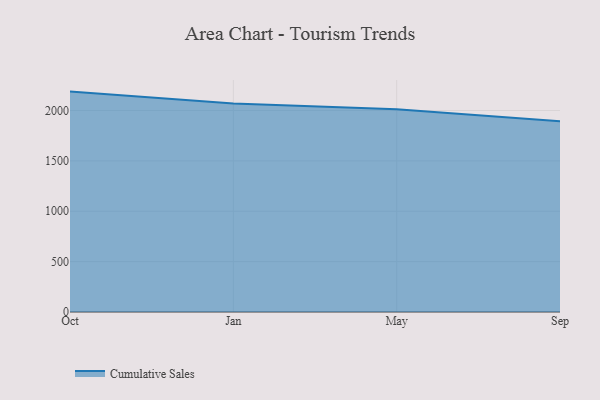
{"axis": {"x": "Month", "y": "Inventory Turnover"}, "legend": ["Cumulative Sales"], "data": [{"x": "Oct", "y": 2187.5, "type": "Cumulative Sales"}, {"x": "Jan", "y": 2070.4, "type": "Cumulative Sales"}, {"x": "May", "y": 2012.4, "type": "Cumulative Sales"}, {"x": "Sep", "y": 1892.8, "type": "Cumulative Sales"}]}